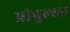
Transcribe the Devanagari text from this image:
प्रोपुल्सन